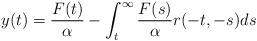
LaTeX: \begin{align*} y(t) = \frac{F(t)}{\alpha} -\int_{t}^{\infty} \frac{F(s)}{\alpha} r(-t,-s) ds\end{align*}